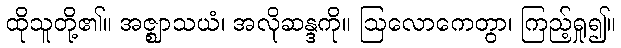
ထိုသူတို့၏။ အဇ္ဈာသယံ၊ အလိုဆန္ဒကို။ ဩလောကေတွာ၊ ကြည့်ရှု၍။